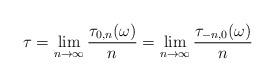
LaTeX: \begin{align*}\tau = \lim_{n\to\infty} \frac{\tau_{0,n}(\omega)} n = \lim_{n\to \infty} \frac{\tau_{-n,0}(\omega)} n \end{align*}